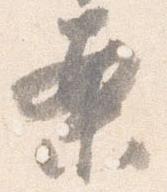
案